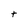
Character: t